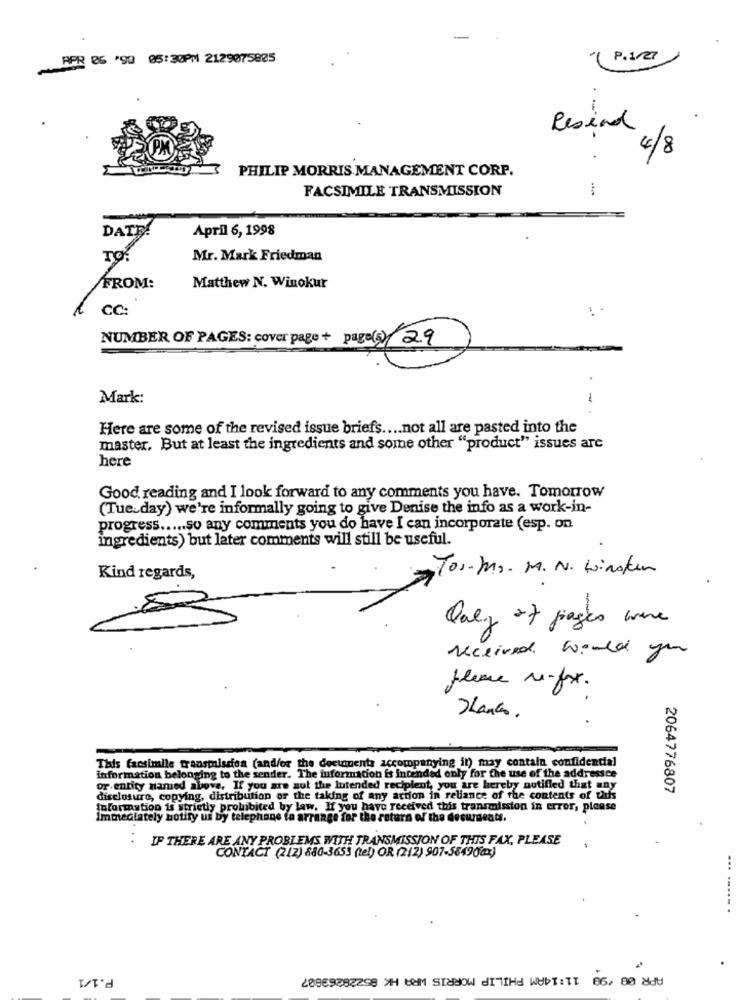
RPR 06 '90 05:30PM 2129075805
P.1/27
.
Resiand
4/8
PHILIP MORRIS MANAGEMENT CORP.
FACSIMILE TRANSMISSION
-
DATE!
April 6, 1998
TO.
Mr. Mark Friedman
FROM:
Matthew N. Winokur
CC:
NUMBER OF PAGES: cover page + page(s) 29
Mark:
-
Here are some of the revised issue briefs .... not all are pasted into the
master. But at least the ingredients and some other "product" issues are
here
Good reading and I look forward to any comments you have. Tomorrow
(Tuesday) we're informally going to give Denise the info as a work-in-
progress ..... so any comments you do have I can incorporate (esp. on
ingredients) but later comments will still be useful.
Tos-Mr. M. N. Wirsken
Kind regards,
5
Only 27 pages were
Received Would yer
please re-fox.
Thanks.
This facsimile transmission (and/or the documents accompanying in) may contain confidential
information belonging to the sender. The information is intended only for the use of the addressce
or entity named above. If you are sol the lutended recipient, you are hereby notified that any
2064776807
disclosure, copying, distribution or the taking of any action in reliance of the contents of this
foformation is strictly prohibited by law. If you have received this transmission in error, please
Immediately notify us by telephone to arrange for the return of the document.
IP THERE ARE ANY PROBLEMS WITH TRANSMISSION OF THIS FAX, PLEASE
CONTACT (212) 880-3653 (tel) OR (212) 907-58490fax)
...
P.1/1
APR 08 '98 11:14AM PHILIP MORRIS WRA HK 85228263887